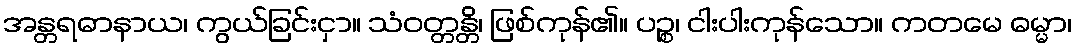
အန္တရဓာနာယ၊ ကွယ်ခြင်းငှာ။ သံဝတ္တန္တိ၊ ဖြစ်ကုန်၏။ ပဉ္စ၊ ငါးပါးကုန်သော။ ကတမေ ဓမ္မာ၊